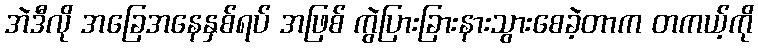
အဲဒီလို အခြေအနေနှစ်ရပ် အဖြစ် ကွဲပြားခြားနားသွားစေခဲ့တာက တကယ့်ကို